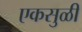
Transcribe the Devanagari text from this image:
एकसुळी